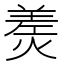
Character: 㷢